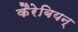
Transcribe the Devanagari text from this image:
कैरेबियन्